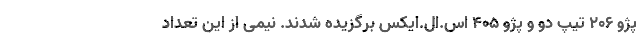
پژو ۲۰۶ تیپ دو و پژو ۴۰۵ اس.ال.ایکس برگزیده شدند. نیمی از این تعداد